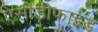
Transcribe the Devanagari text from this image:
ऐसीडीफाइड